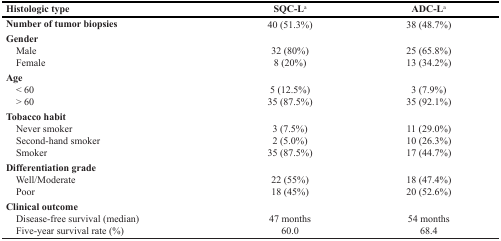
| Histologic type | SQC-La | ADC-La |
 | --- | --- | --- |
 | Number of tumor biopsies | 40 (51.3%) | 38 (48.7%) |
 | Gender |  |  |
 | Male | 32 (80%) | 25 (65.8%) |
 | Female | 8 (20%) | 13 (34.2%) |
 | Age |  |  |
 | < 60 | 5 (12.5%) | 3 (7.9%) |
 | > 60 | 35 (87.5%) | 35 (92.1%) |
 | Tobacco habit |  |  |
 | Never smoker | 3 (7.5%) | 11 (29.0%) |
 | Second-hand smoker | 2 (5.0%) | 10 (26.3%) |
 | Smoker | 35 (87.5%) | 17 (44.7%) |
 | Differentiation grade |  |  |
 | Well/Moderate | 22 (55%) | 18 (47.4%) |
 | Poor | 18 (45%) | 20 (52.6%) |
 | Clinical outcome |  |  |
 | Disease-free survival (median) | 47 months | 54 months |
 | Five-year survival rate (%) | 60.0 | 68.4 |